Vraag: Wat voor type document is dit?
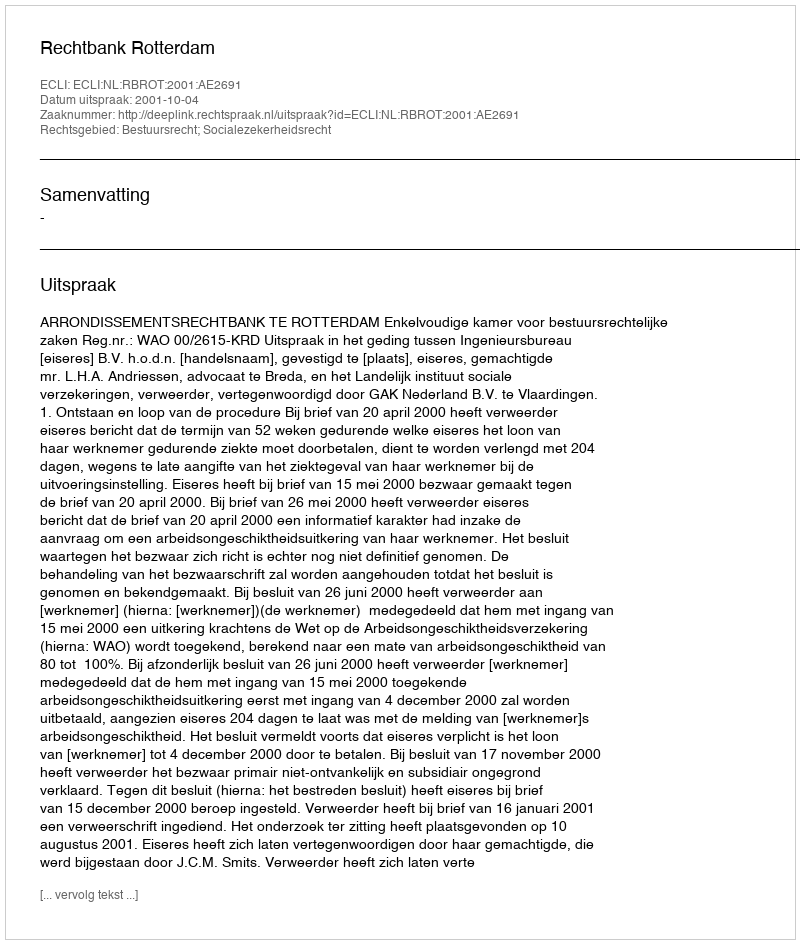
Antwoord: Uitspraak